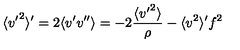
\langle { v ^ { \prime } } ^ { 2 } \rangle ^ { \prime } = 2 \langle v ^ { \prime } v ^ { \prime \prime } \rangle = - 2 \frac { \langle { v ^ { \prime } } ^ { 2 } \rangle } { \rho } - \langle v ^ { 2 } \rangle ^ { \prime } f ^ { 2 }